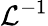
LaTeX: {\mathcal{L}}^{-1}